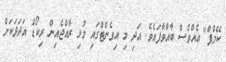
ކޭމްޕް" އެއްވެސް ބާއްވާފައެވެ. އަދި މި އިވެންޓްގައި މުޅި ރާއްޖެއިން ރިކޯޑް އަދަދަކަށް